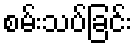
စမ်းသပ်ခြင်း